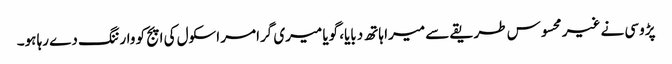
پڑوسی نے غیر محسوس طریقے سے میرا ہاتھ دبایا، گویا میری گرامر اسکول کی اپج کو وارننگ دے رہا ہو۔